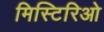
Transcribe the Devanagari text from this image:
मिस्टिरिओ